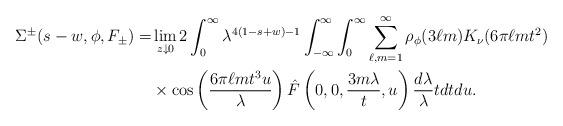
LaTeX: \begin{align*} \Sigma^{\pm}(s-w, \phi, F_{\pm})=&\lim_{z \downarrow 0} 2\int_0^\infty \lambda^{4(1-s+w)-1} \int_{-\infty}^\infty \int_0^\infty \sum_{\ell, m=1}^\infty\rho_\phi(3\ell m) K_\nu(6\pi \ell m t^2) \\ &\times \cos\left(\frac{6\pi \ell m t^3 u}{\lambda}\right) \hat{F}\left(0,0, \frac{3m\lambda}{t}, u\right)\frac{d\lambda}{\lambda} tdt du. \end{align*}